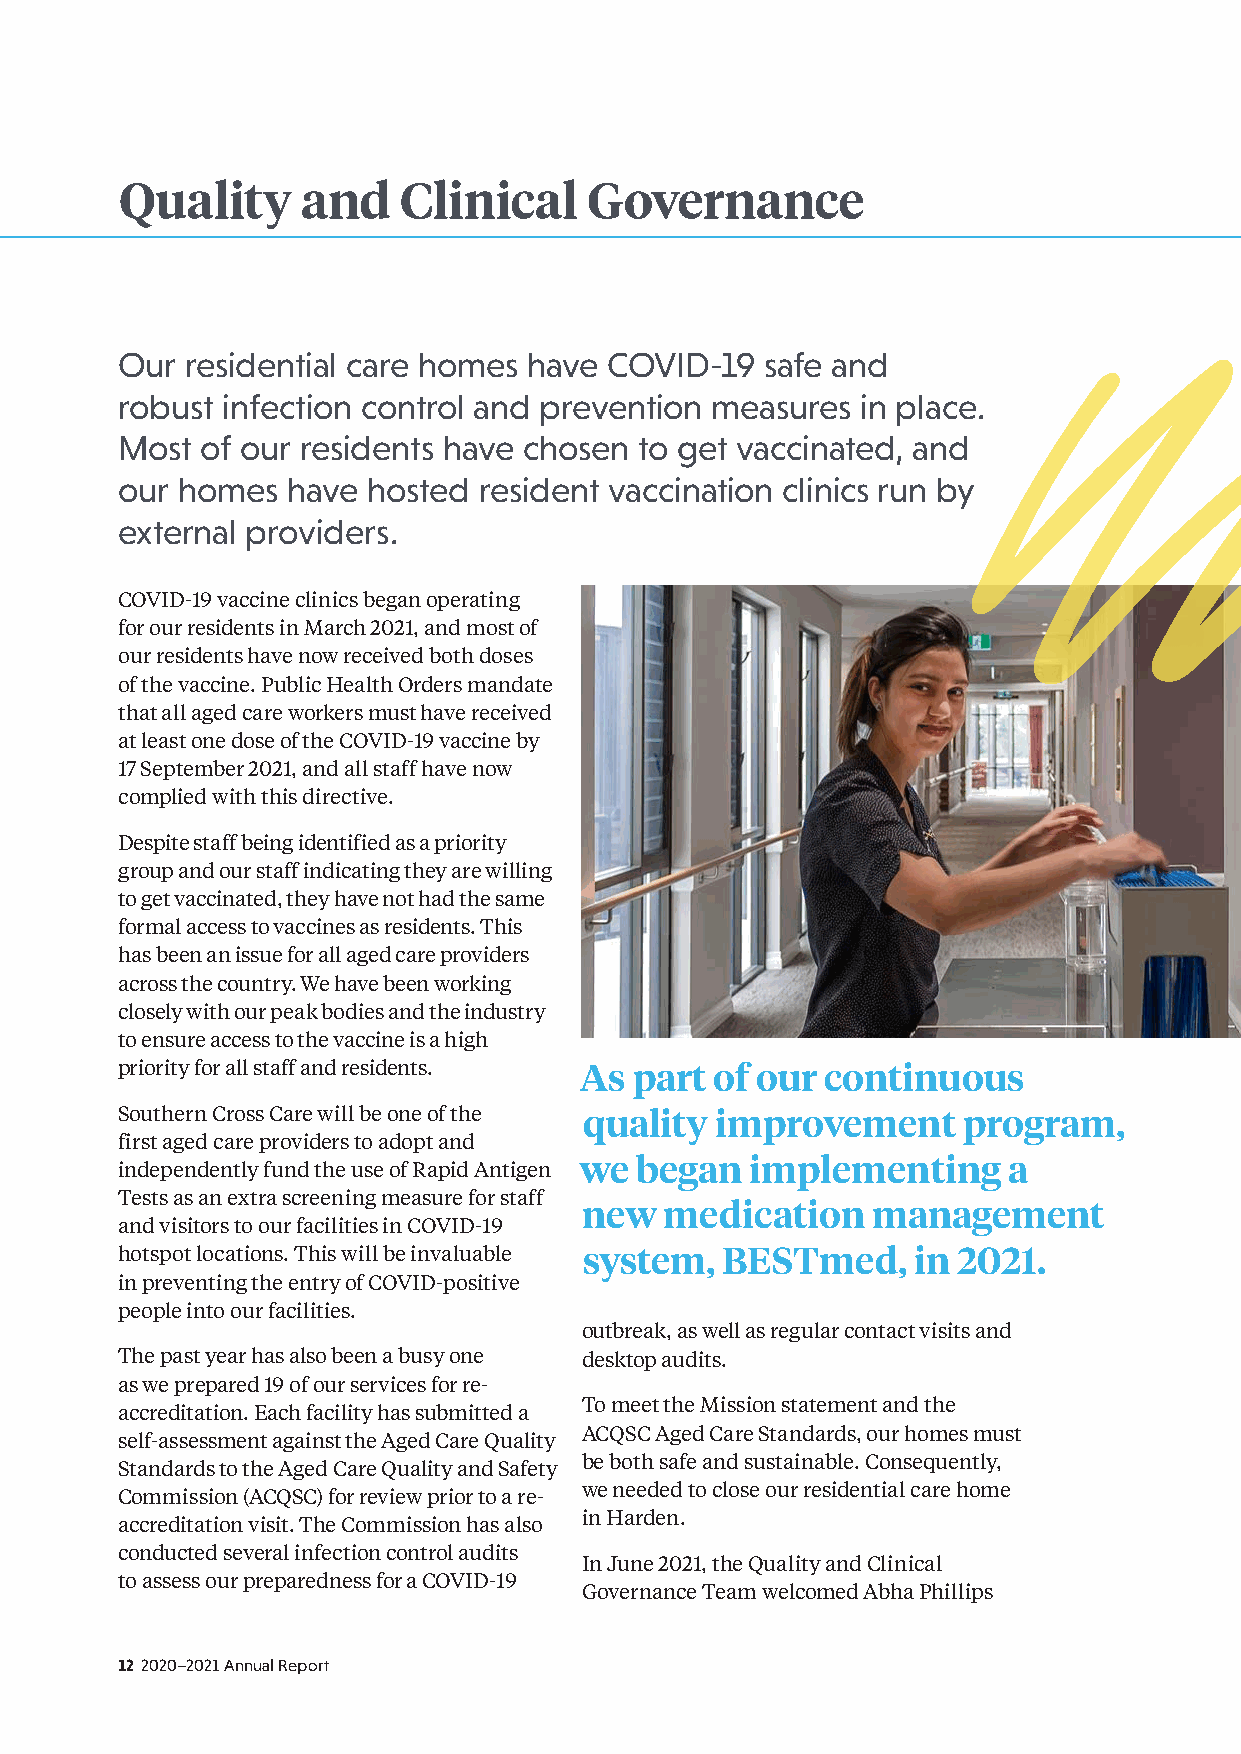
Quality     and   Clinical     Governance
 Our residential care homes have COVID-19   safe and
 robust infection control and prevention measures in place.
 Most of our residents have chosen to get vaccinated, and
 our homes  have hosted  resident vaccination clinics run by
 external providers.
 COVID-19 vaccine clinics began operating
 for our residents in March 2021, and most of
 our residents have now received both doses
 of the vaccine. Public Health Orders mandate
 that all aged care workers must have received
 at least one dose of the COVID-19 vaccine by
 17 September 2021, and all staff have now
 complied with this directive.
 Despite staff being identified as a priority
 group and our staff indicating they are willing
 to get vaccinated, they have not had the same
 formal access to vaccines as residents. This
 has been an issue for all aged care providers
 across the country. We have been working
 closely with our peak bodies and the industry
 to ensure access to the vaccine is a high
 priority for all staff and residents. As part of our continuous
 Southern Cross Care will be one of the quality improvement program,
 first aged care providers to adopt and
 we  began   implementing     a
 independently fund the use of Rapid Antigen
 Tests as an extra screening measure for staff
 new  medication    management
 and visitors to our facilities in COVID-19
 hotspot locations. This will be invaluable system, BESTmed, in 2021.
 in preventing the entry of COVID-positive
 people into our facilities.
 outbreak, as well as regular contact visits and
 The past year has also been a busy one desktop audits.
 as we prepared 19 of our services for re-
 To meet the Mission statement and the
 accreditation. Each facility has submitted a
 ACQSC Aged Care Standards, our homes must
 self-assessment against the Aged Care Quality
 be both safe and sustainable. Consequently,
 Standards to the Aged Care Quality and Safety
 we needed to close our residential care home
 Commission (ACQSC) for review prior to a re-
 in Harden.
 accreditation visit. The Commission has also
 conducted several infection control audits
 In June 2021, the Quality and Clinical
 to assess our preparedness for a COVID-19
 Governance Team welcomed Abha Phillips
 12 2020–2021 Annual Report